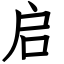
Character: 启